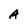
Character: A